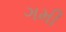
ગમી